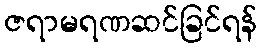
ဇရာမရဏဆင်ခြင်ရန်